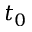
t _ { 0 }